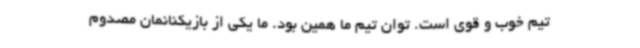
تیم خوب و قوی است. توان تیم ما همین بود. ما یکی از بازیکنانمان مصدوم